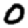
Digit: 0